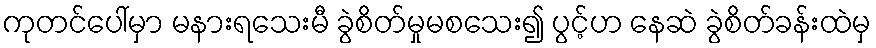
ကုတင်ပေါ်မှာ မနားရသေးမီ ခွဲစိတ်မှုမစသေး၍ ပွင့်ဟ နေဆဲ ခွဲစိတ်ခန်းထဲမှ